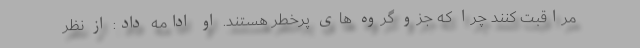
مراقبت کنند چرا که جزو گروه های پرخطر هستند. او ادامه داد: از نظر